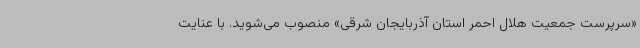
«‌سرپرست جمعیت هلال احمر استان آذربایجان شرقی» منصوب می‌شوید. با عنایت